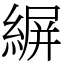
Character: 𦂤